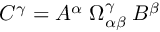
C ^ { \gamma } = A ^ { \alpha } \; \Omega _ { \alpha \beta } ^ { \gamma } \; B ^ { \beta }